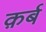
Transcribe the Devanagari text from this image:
क़र्ब